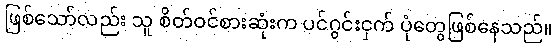
ဖြစ်သော်လည်း သူ စိတ်ဝင်စားဆုံးက ပင်ဂွင်းငှက် ပုံတွေဖြစ်နေသည်။